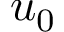
u _ { 0 }